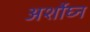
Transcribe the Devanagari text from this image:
अर्शोघ्न